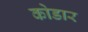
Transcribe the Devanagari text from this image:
कोडार